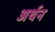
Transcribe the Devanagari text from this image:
अर्थन